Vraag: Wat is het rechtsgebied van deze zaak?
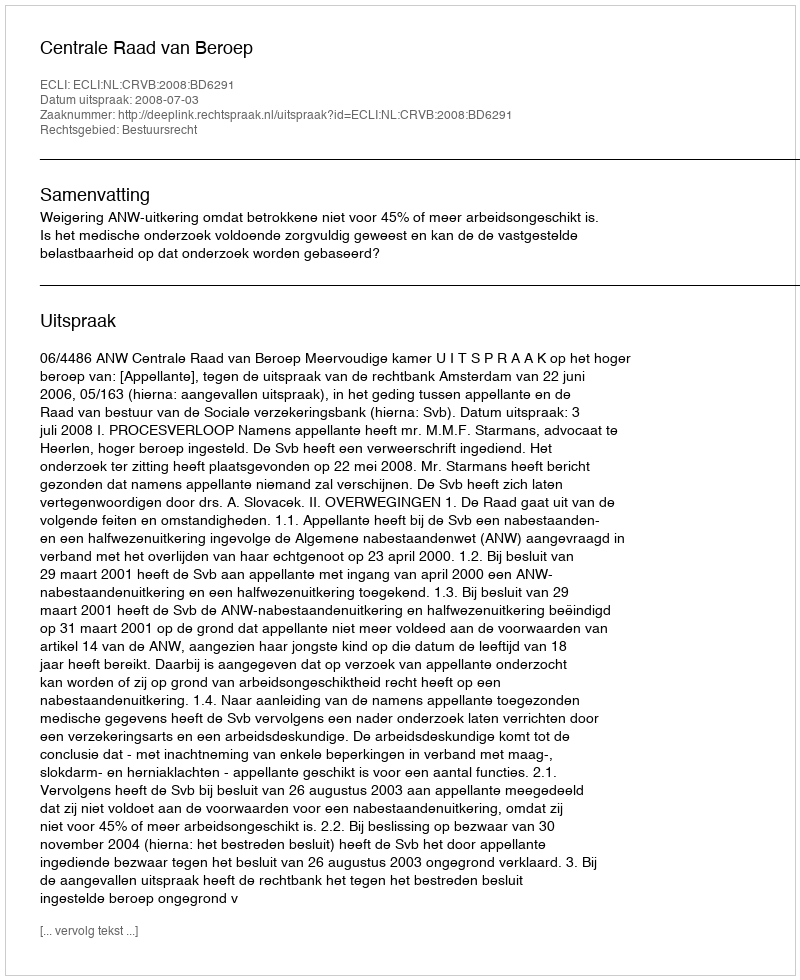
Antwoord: Bestuursrecht